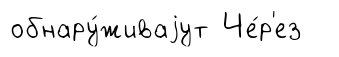
обнару́живаjут Че́р'ез